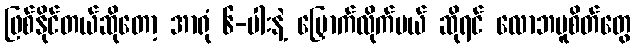
ဖြစ်နိုင်တယ်ဆိုတော့ အာရုံ ၆-ပါးနဲ့ မြှောက်လိုက်မယ် ဆိုရင် လောဘမူစိတ်တွေ